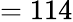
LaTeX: =114